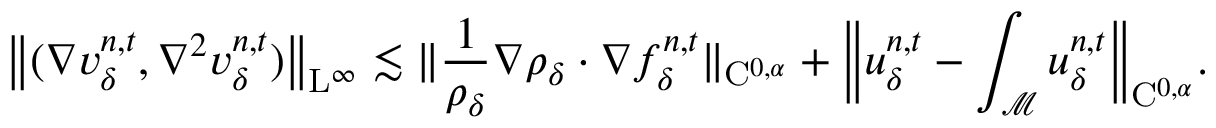
\big \| ( \nabla v _ { \delta } ^ { n , t } , \nabla ^ { 2 } v _ { \delta } ^ { n , t } ) \big \| _ { \mathrm { L } ^ { \infty } } \lesssim \| \frac { 1 } { \rho _ { \delta } } \nabla \rho _ { \delta } \cdot \nabla f _ { \delta } ^ { n , t } \| _ { \mathrm { C } ^ { 0 , \alpha } } + \Big \| u _ { \delta } ^ { n , t } - \int _ { \mathcal { M } } u _ { \delta } ^ { n , t } \Big \| _ { \mathrm { C } ^ { 0 , \alpha } } .